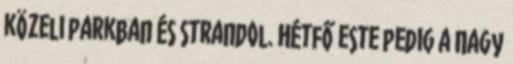
közeli parkban és strandol. Hétfő este pedig a Nagy